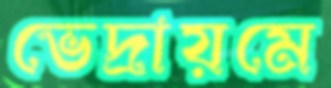
ভেদ্রায়মে